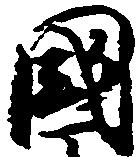
国